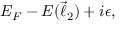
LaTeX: E _ { F } - E ( \vec { \ell } _ { 2 } ) + i \epsilon ,